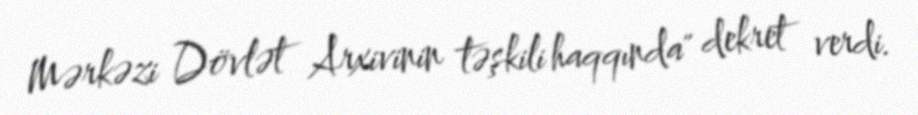
Mərkəzi Dövlət Arxivinin təşkili haqqında" dekret verdi.